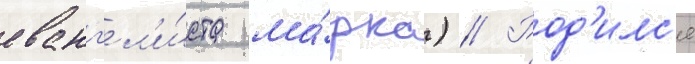
еванг'ел'и́ста ма́рка) // Род'илс'я